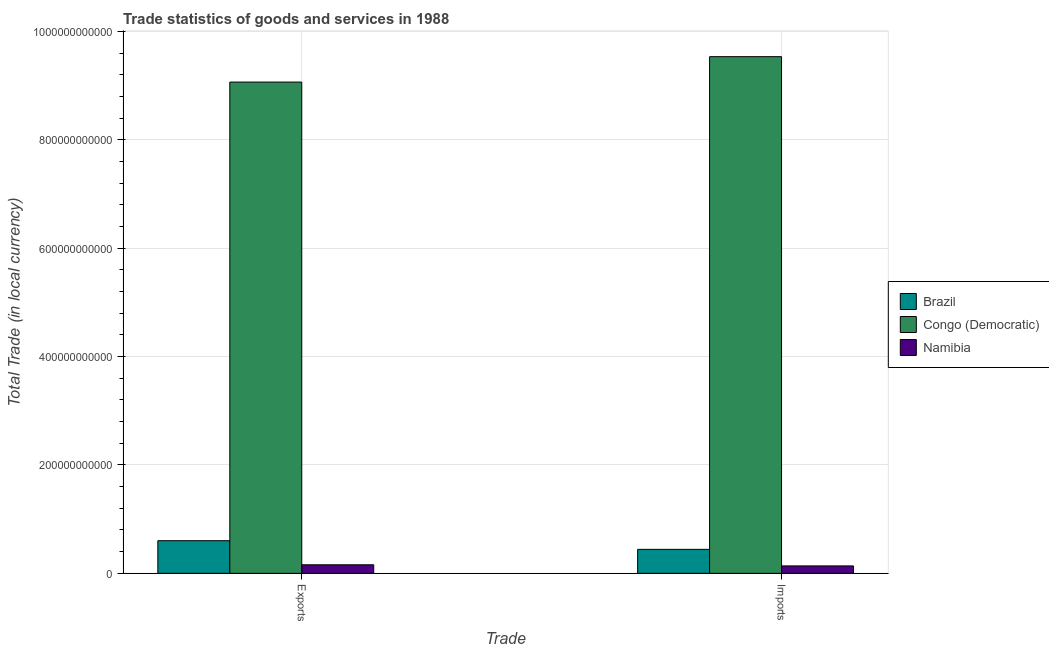
| Trade | Brazil | Congo (Democratic) | Namibia |
 | --- | --- | --- | --- |
 | Exports | 6.02e+10 | 9.07e+11 | 1.58e+10 |
 | Imports | 4.43e+10 | 9.53e+11 | 1.37e+10 |